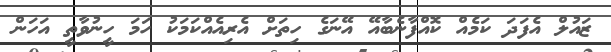
ޒައުލް އެފަދަ ކަމެއް ކޮއްފާނެބާއޭ އޭނަގެ ހިތަށް އެރިއެއްކަމަކު ހަމަ ހީނުވާތީ އަހަން